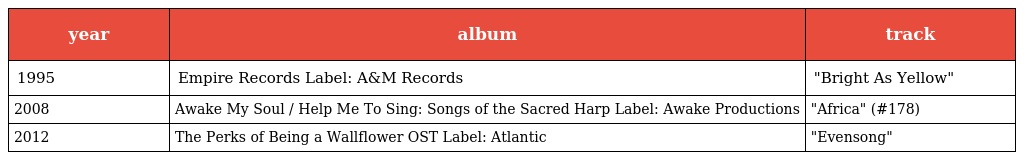
| year | album | track |
 | --- | --- | --- |
 | 1995 | Empire Records Label: A&M Records | "Bright As Yellow" |
 | 2008 | Awake My Soul / Help Me To Sing: Songs of the Sacred Harp Label: Awake Productions | "Africa" (#178) |
 | 2012 | The Perks of Being a Wallflower OST Label: Atlantic | "Evensong" |